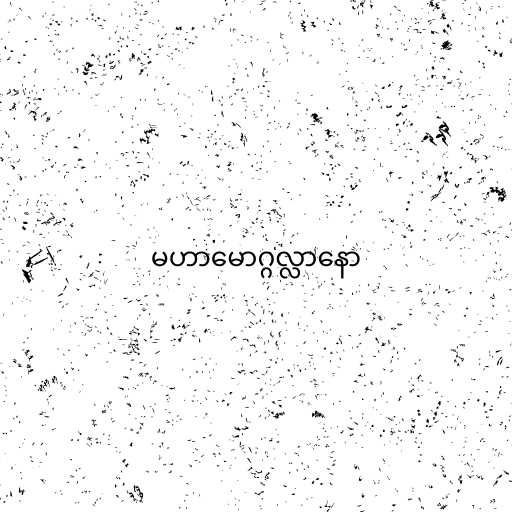
မဟာမောဂ္ဂလ္လာနော